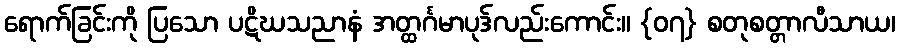
ရောက်ခြင်းကို ပြသော ပဋိဃသညာနံ အတ္ထင်္ဂမာပုဒ်လည်းကောင်း။ {၀၇} စတုစတ္တာလီသာယ၊